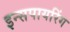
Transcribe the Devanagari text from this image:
इन्सपायरिंग